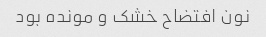
نون افتضاح خشک و مونده بود